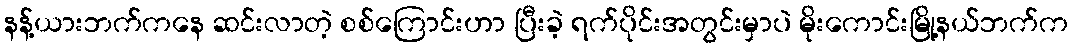
နန့်ယားဘက်ကနေ ဆင်းလာတဲ့ စစ်ကြောင်းဟာ ပြီးခဲ့ ရက်ပိုင်းအတွင်းမှာပဲ မိုးကောင်းမြို့နယ်ဘက်က